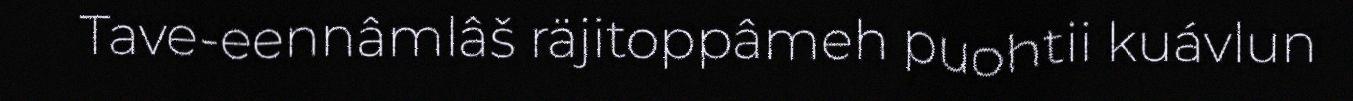
Tave-eennâmlâš räjitoppâmeh puohtii kuávlun